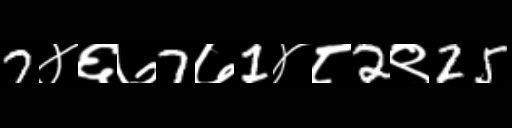
Text: 7४६७7७1४८2९25